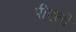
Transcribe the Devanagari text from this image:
पीएली